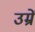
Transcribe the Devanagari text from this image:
उम्रें